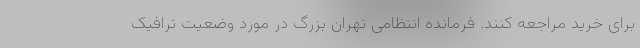
برای خرید مراجعه کنند. فرمانده انتظامی تهران بزرگ در مورد وضعیت ترافیک